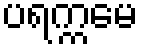
ပရက္ကမေ